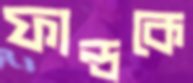
ফান্ডকে